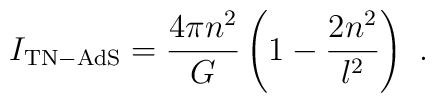
I_{\rm TN-AdS}={4\pi n^2\over G}\left(1-{2 n^2\over l^2}\right)\ .